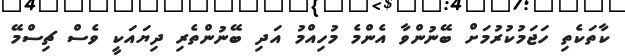
ކާތަކެތި ހަޖަމުކުރުމަށް ބޭނުންވާ އެންމެ މުހިއްމު އަދި ބޭނުންތެރި ދިޔައަކީ ވެސް ޗިސްމޭ